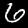
Digit: 6